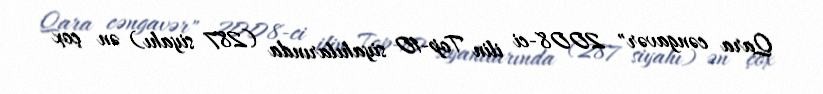
Qara cəngavər" 2008-ci ilin Top-10 siyahılarında (287 siyahı) ən çox